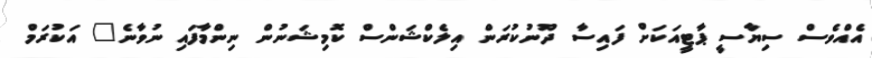
އެއްވެސް ސިޔާސީ ޕާޓީއަކަށް ފައިސާ ދޫނުކުރަން އިލެކްޝަންސް ކޮމިޝަނުން ނިންމާފައި ނުވާނެ" އަކުރަމް